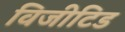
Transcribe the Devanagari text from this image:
विजीटिड